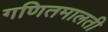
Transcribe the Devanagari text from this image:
गणितमालती